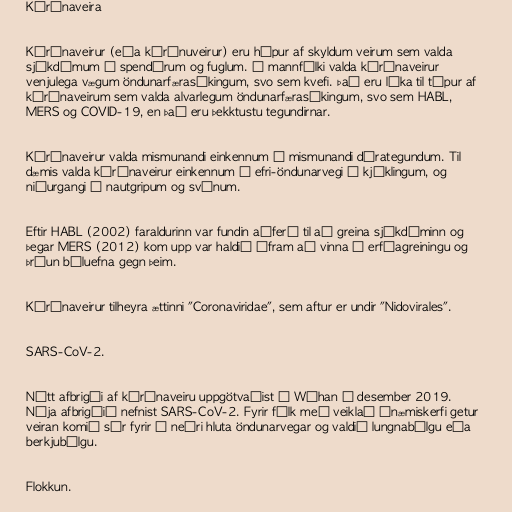
Kórónaveira

Kórónaveirur (eða kórónuveirur) eru hópur af skyldum veirum sem valda
sjúkdómum í spendýrum og fuglum. Í mannfólki valda kórónaveirur
venjulega vægum öndunarfærasýkingum, svo sem kvefi. Það eru líka til týpur af
kórónaveirum sem valda alvarlegum öndunarfærasýkingum, svo sem HABL,
MERS og COVID-19, en það eru þekktustu tegundirnar.

Kórónaveirur valda mismunandi einkennum í mismunandi dýrategundum. Til
dæmis valda kórónaveirur einkennum í efri-öndunarvegi í kjúklingum, og
niðurgangi í nautgripum og svínum.

Eftir HABL (2002) faraldurinn var fundin aðferð til að greina sjúkdóminn og
þegar MERS (2012) kom upp var haldið áfram að vinna í erfðagreiningu og
þróun bóluefna gegn þeim.

Kórónaveirur tilheyra ættinni "Coronaviridae", sem aftur er undir "Nidovirales".

SARS-CoV-2.

Nýtt afbrigði af kórónaveiru uppgötvaðist í Wúhan í desember 2019.
Nýja afbrigðið nefnist SARS-CoV-2. Fyrir fólk með veiklað ónæmiskerfi getur
veiran komið sér fyrir í neðri hluta öndunarvegar og valdið lungnabólgu eða
berkjubólgu.

Flokkun.